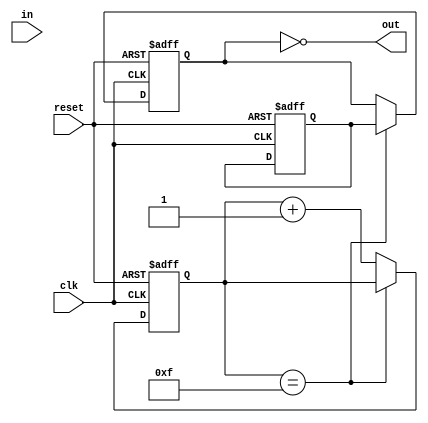
module inverter_delay (
    input wire clk,
    input wire reset,
    input wire in,
    output wire out
);

// Timing control and synchronization blocks
reg [3:0] delay_counter;
reg synced_signal;
reg delayed_signal;

always @(posedge clk or posedge reset) begin
    if (reset) begin
        delay_counter <= 4'b0000;
        synced_signal <= 1'b0;
        delayed_signal <= 1'b0;
    end else begin
        if (delay_counter == 4'b1111) begin
            sync_signal <= in;
            delayed_signal <= synced_signal;
        end else begin
            delay_counter <= delay_counter + 4'b0001;
        end
    end
end

// Inverter
assign out = ~delayed_signal;

endmodule